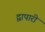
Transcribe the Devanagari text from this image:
द्वापारी